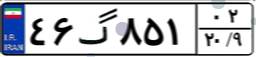
۷۱گ۵۵۷۲۳